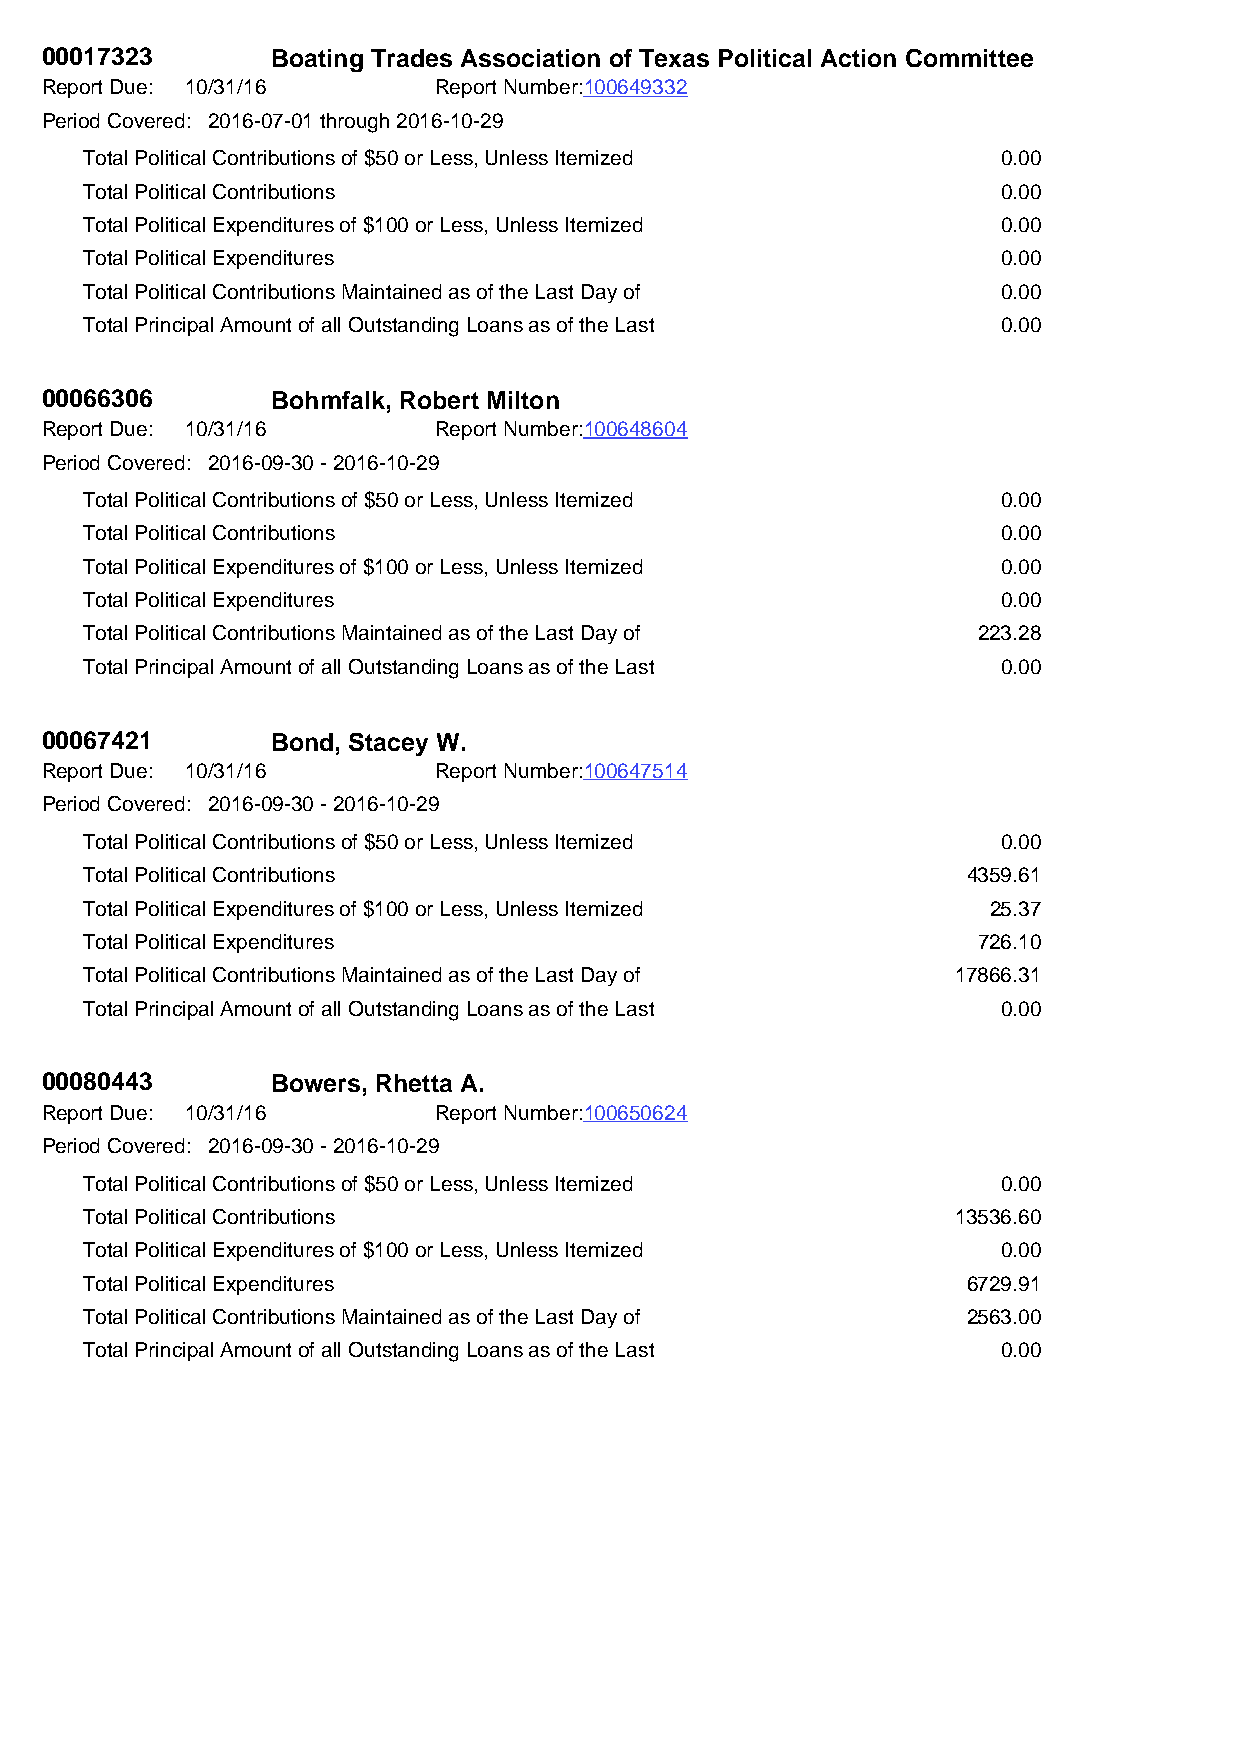
00017323       Boating Trades Association of Texas Political Action Committee
 Report Due: 10/31/16      Report Number:100649332
 Period Covered: 2016-07-01 through 2016-10-29
 Total Political Contributions of $50 or Less, Unless Itemized 0.00
 Total Political Contributions                               0.00
 Total Political Expenditures of $100 or Less, Unless Itemized 0.00
 Total Political Expenditures                                0.00
 Total Political Contributions Maintained as of the Last Day of 0.00
 Total Principal Amount of all Outstanding Loans as of the Last 0.00
 00066306       Bohmfalk, Robert Milton
 Report Due: 10/31/16      Report Number:100648604
 Period Covered: 2016-09-30 - 2016-10-29
 Total Political Contributions of $50 or Less, Unless Itemized 0.00
 Total Political Contributions                               0.00
 Total Political Expenditures of $100 or Less, Unless Itemized 0.00
 Total Political Expenditures                                0.00
 Total Political Contributions Maintained as of the Last Day of 223.28
 Total Principal Amount of all Outstanding Loans as of the Last 0.00
 00067421       Bond, Stacey W.
 Report Due: 10/31/16      Report Number:100647514
 Period Covered: 2016-09-30 - 2016-10-29
 Total Political Contributions of $50 or Less, Unless Itemized 0.00
 Total Political Contributions                             4359.61
 Total Political Expenditures of $100 or Less, Unless Itemized 25.37
 Total Political Expenditures                               726.10
 Total Political Contributions Maintained as of the Last Day of 17866.31
 Total Principal Amount of all Outstanding Loans as of the Last 0.00
 00080443       Bowers, Rhetta A.
 Report Due: 10/31/16      Report Number:100650624
 Period Covered: 2016-09-30 - 2016-10-29
 Total Political Contributions of $50 or Less, Unless Itemized 0.00
 Total Political Contributions                            13536.60
 Total Political Expenditures of $100 or Less, Unless Itemized 0.00
 Total Political Expenditures                              6729.91
 Total Political Contributions Maintained as of the Last Day of 2563.00
 Total Principal Amount of all Outstanding Loans as of the Last 0.00